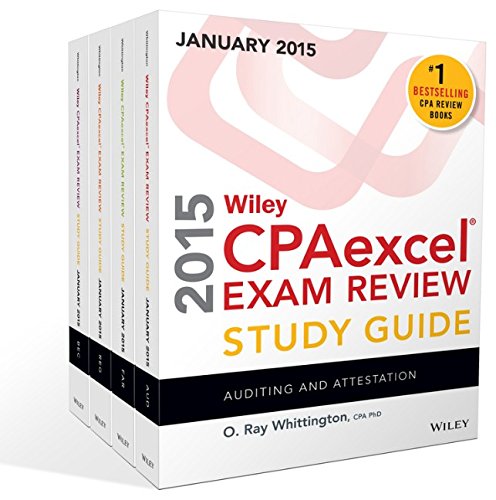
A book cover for Wiley CPAexcel Exam Review 2015 Study Guide January: Set (Wiley Cpa Exam Review); O. Ray Whittington; Test Preparation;